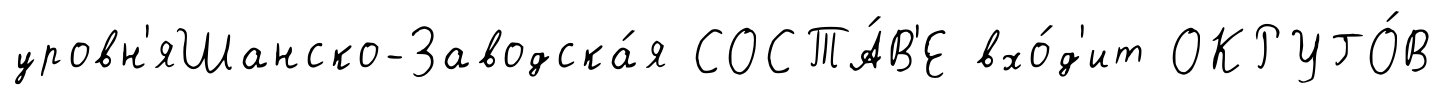
уровн'яШанско-Заводска́я СОСТА́В'Е вхо́д'ит ОКРУГО́В